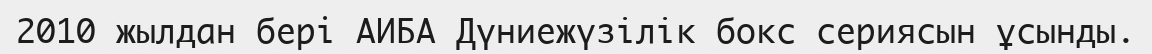
2010 жылдан бері АИБА Дүниежүзiлiк бокс сериясын ұсынды.